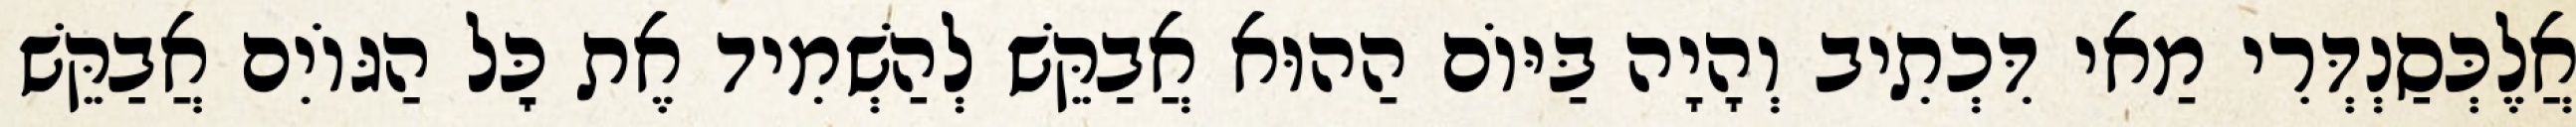
אֲלֶכְּסַנְדְּרִי מַאי דִּכְתִיב וְהָיָה בַּיּוֹם הַהוּא אֲבַקֵּשׁ לְהַשְׁמִיד אֶת כׇּל הַגּוֹיִם אֲבַקֵּשׁ